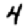
Digit: 4